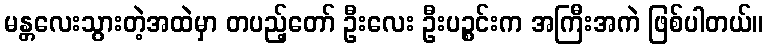
မန္တလေးသွားတဲ့အထဲမှာ တပည့်တော် ဦးလေး ဦးပဉ္စင်းက အကြီးအကဲ ဖြစ်ပါတယ်။